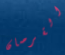
القرصان